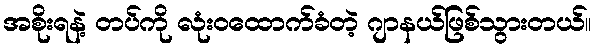
အစိုးရနဲ့ တပ်ကို လုံးဝထောက်ခံတဲ့ ဂျာနယ်ဖြစ်သွားတယ်။